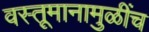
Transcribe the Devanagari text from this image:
वस्तूमानामुळींच